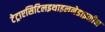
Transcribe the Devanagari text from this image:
टेट्राएसिटिलइथाइलनेडाइमीन